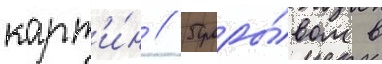
карт'и́н // Проры́вом в